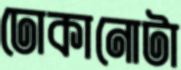
ঢোকানোটা